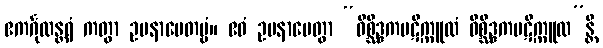
ဧကင်္ဂုလန္တရံ ကတွာ ဥပနာမေတဗ္ဗံ။ ဧဝံ ဥပနာမေတွာ “ဝိစ္ဆိဒ္ဒကပဋိက္ကူလံ ဝိစ္ဆိဒ္ဒကပဋိက္ကူလ”န္တိ